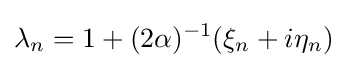
\lambda _{n}=1+(2\alpha )^{-1}(\xi _{n}+i\eta _{n})